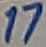
Text: 17